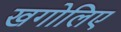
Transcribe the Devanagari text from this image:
खगोलिए